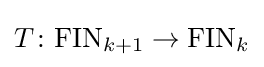
T\colon \mathrm {FIN} _{k+1}\to \mathrm {FIN} _{k}